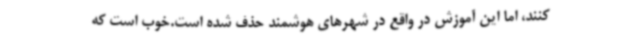
کنند، اما این آموزش در واقع در شهرهای هوشمند حذف شده است.خوب است که